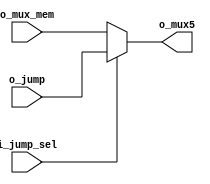
`timescale 1ns / 1ps
//////////////////////////////////////////////////////////////////////////////////
// Company: 
// Engineer: 
// 
// Design Name: 
// Module Name: MUX5_JUMP
// Project Name: 
// Target Devices: 
// Tool Versions: 
// Description: 
// 
// Dependencies: 
// 
// Revision:
// Revision 0.01 - File Created
// Additional Comments:
// 
//////////////////////////////////////////////////////////////////////////////////

`define WIDTH_JUMP_ADDR 32
`define WIDTH_MUX_MEM 32
`define WIDTH_OUT_JUMP 32
module MUX5_JUMP(
input i_jump_sel ,
input [`WIDTH_JUMP_ADDR-1:0] o_jump , 
input [`WIDTH_MUX_MEM-1:0] o_mux_mem ,
output [`WIDTH_OUT_JUMP-1:0] o_mux5  
    );
assign o_mux5 = i_jump_sel ? o_jump : o_mux_mem ;        
endmodule